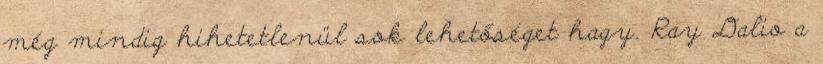
még mindig hihetetlenül sok lehetőséget hagy. Ray Dalio a